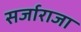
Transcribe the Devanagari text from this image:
सर्जाराजा